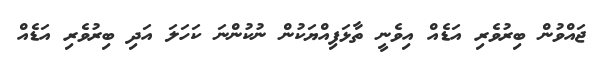
ޖައްވުން ބިރުވެރި އަޑެއް އިވެނީ ތާޅަފިއްޔަކުން ނުކުންނަ ކަހަލަ އަދި ބިރުވެރި އަޑެއް